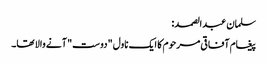
سلمان عبدالصمد:
پیغام آفاقی مرحوم کا ایک ناول "دوست" آنے والا تھا۔